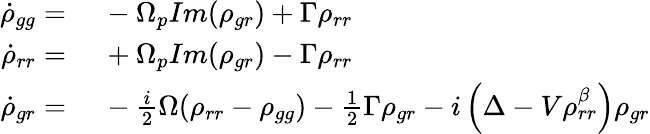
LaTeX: \begin{array}{rl}{\dot{\rho}_{gg}=}&{\ -\Omega_{p}Im(\rho_{gr})+\Gamma\rho_{rr}}\\ {\dot{\rho}_{rr}=}&{\ +\Omega_{p}Im(\rho_{gr})-\Gamma\rho_{rr}}\\ {\dot{\rho}_{gr}=}&{\ -\frac{i}{2}\Omega(\rho_{rr}-\rho_{gg})-\frac{1}{2}\Gamma\rho_{gr}-i\left(\Delta-V\rho_{rr}^{\beta}\right)\rho_{gr}}\end{array}